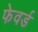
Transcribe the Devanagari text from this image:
फेवर्ड